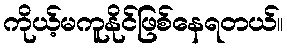
ကိုယ့်မကူနိုင်ဖြစ်နေရတယ်။